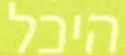
היכל